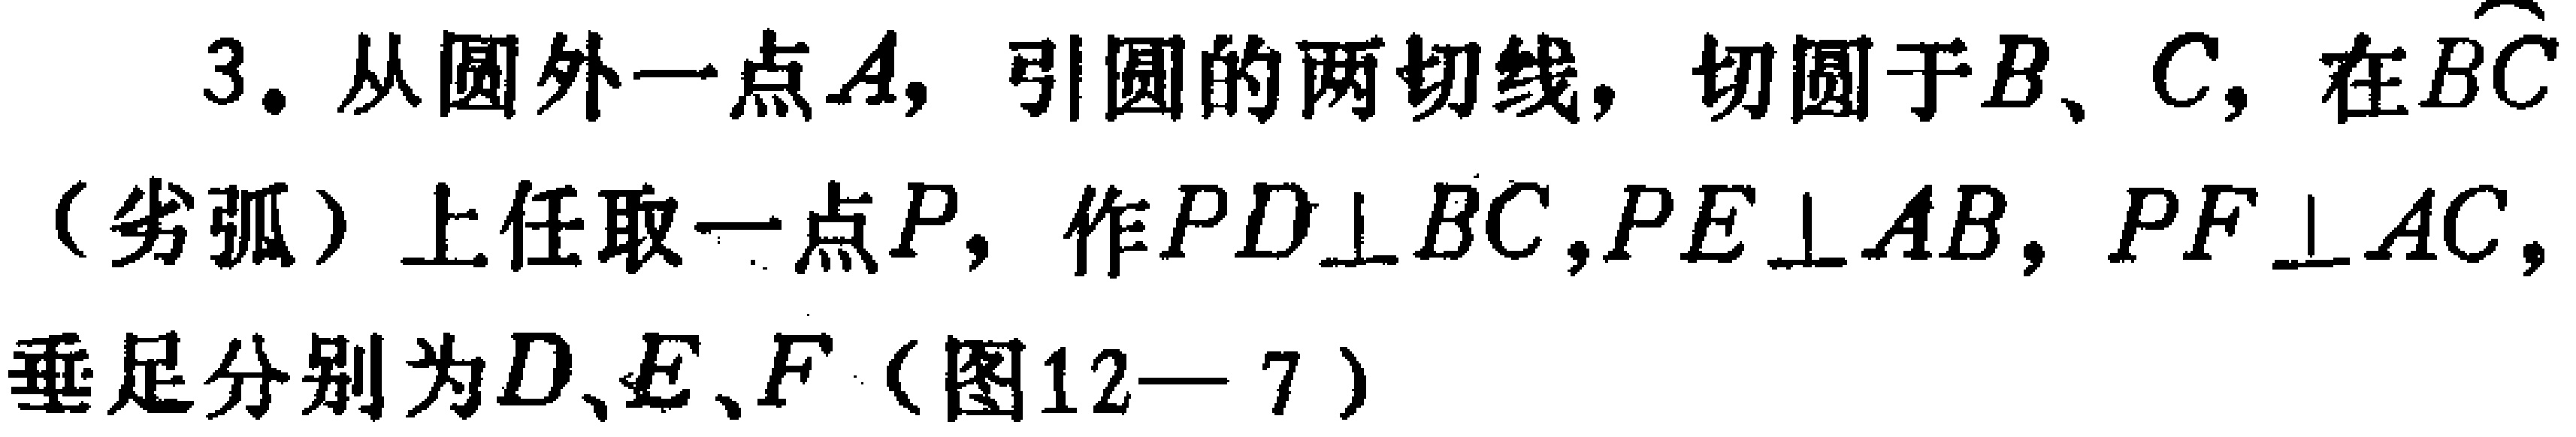
3. 从圆外一点\(A\)，引圆的两切线，切圆于\(B\)、\(C\)，在\(\overset{\frown}{BC}\)（劣弧）上任取一点\(P\)，作\(PD\perp BC\)，\(PE\perp AB\)，\(PF\perp AC\)，垂足分别为\(D\)、\(E\)、\(F\)（图12—7）